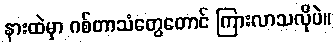
နားထဲမှာ ဂစ်တာသံတွေတောင် ကြားလာသလိုပဲ။